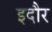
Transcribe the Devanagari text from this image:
इदौर